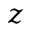
z